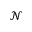
\mathcal { N }